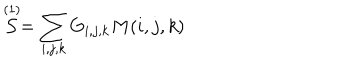
LaTeX: \stackrel { ( 1 ) } { \cal { S } } = \sum _ { i , j , k } G _ { i , j , k } M ( i , j , k )